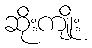
ဆိုးကျိုး